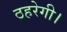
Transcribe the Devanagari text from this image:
ठहरेगी।